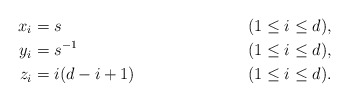
\begin{align*} x_i &= s && (1 \leq i \leq d), \\ y_i &= s^{-1} && (1 \leq i \leq d), \\ z_i &= i (d-i+1) && (1 \leq i \leq d).\end{align*}